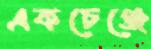
একচেঞ্জে